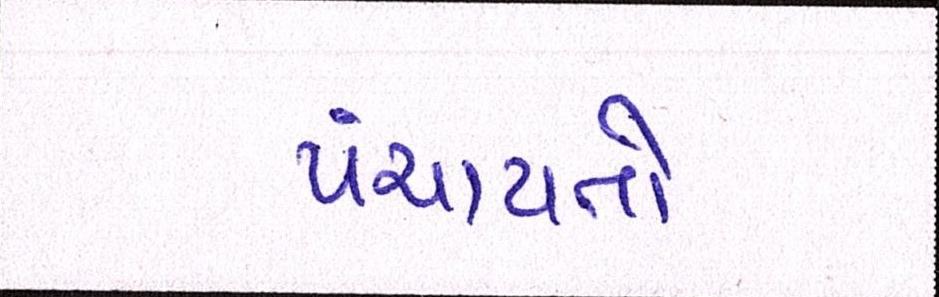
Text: પંચાયતો